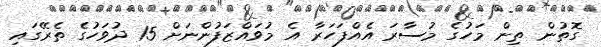
ގޮތުން ތިން މަހުގެ މުސާރަ އެއްފަހަރާ އެ މުވައްޒަފުންނަށް 15 ދުވަހުގެ ތެރޭގައި